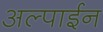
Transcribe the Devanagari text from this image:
अल्पाईन